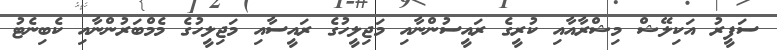
ސަފީރު އަކިލޭޝް މިޝްރާއާއި ކުރީގެ ރައީސުންނާއި މަޖިލީހުގެ ރައީސާއި މަޖިލީހުގެ މެމްބަރުންނާއި ކެބިނެޓު